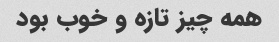
همه چیز تازه و خوب بود